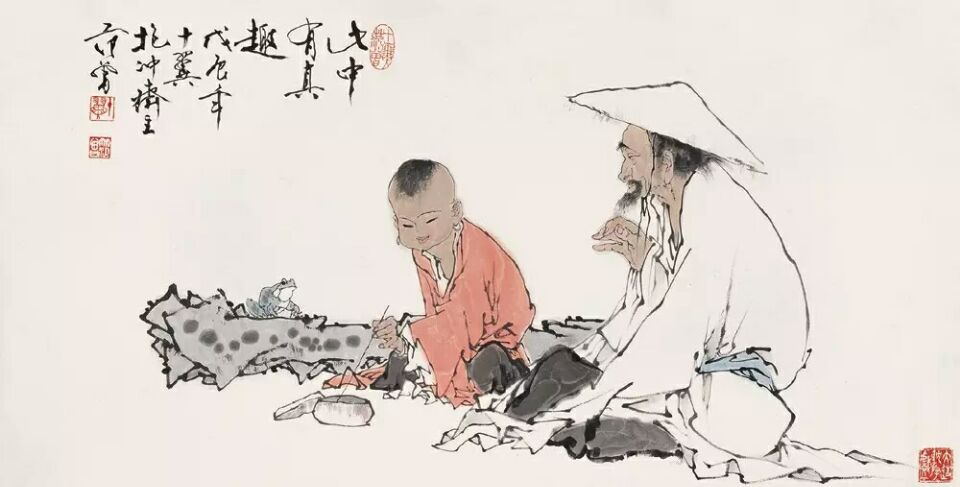
不患人之不己知，患不知人也。